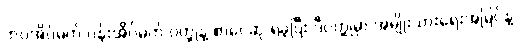
ဘဝအိပ်မက် ပန်းအိပ်မက် ဝတ္ထုနဲ့ စာပေဆု ရခဲ့ပြီး ဒီဝတ္ထုမှာ အမျိုးသားရေးအမြင်နဲ့